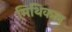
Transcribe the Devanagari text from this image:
मिथिकल